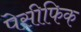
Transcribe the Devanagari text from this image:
पेसीफिक